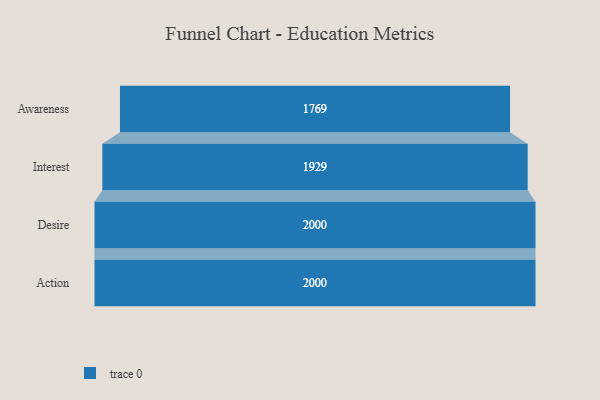
{"axis": {"x": "Stage", "y": "Value"}, "legend": [""], "data": [{"x": "Awareness", "y": 1769.0, "type": ""}, {"x": "Interest", "y": 1929.0, "type": ""}, {"x": "Desire", "y": 2000, "type": ""}, {"x": "Action", "y": 2000, "type": ""}]}